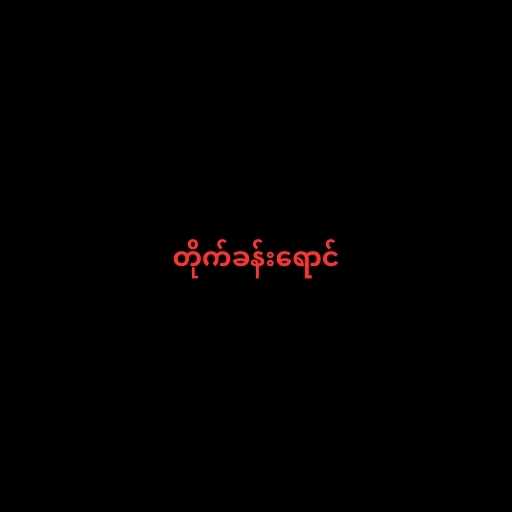
တိုက်ခန်းရောင်